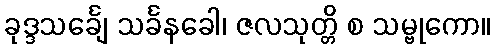
ခုဒ္ဒသင်္ချေ သင်္ခနခေါ၊ ဇလသုတ္တိ စ သမ္ဗုကော။